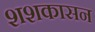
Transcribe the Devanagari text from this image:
शशकासन